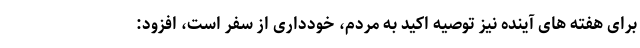
برای هفته های آینده نیز توصیه اکید به مردم، خودداری از سفر است، افزود: